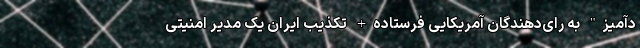
د‌آمیز" به رای‌دهندگان آمریکایی فرستاده+ تکذیب ایران یک مدیر امنیتی